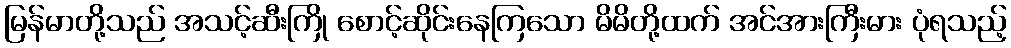
မြန်မာတို့သည် အသင့်ဆီးကြို စောင့်ဆိုင်းနေကြသော မိမိတို့ထက် အင်အားကြီးမား ပုံရသည့်